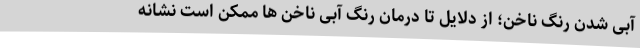
آبی شدن رنگ ناخن؛ از دلایل تا درمان رنگ آبی ناخن ها ممکن است نشانه